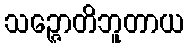
သဉ္ဇောတိဘူတာယ